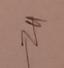
Signature authenticity: genuine